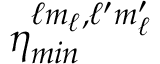
\eta _ { m i n } ^ { \ell m _ { \ell } , \ell ^ { \prime } m _ { \ell } ^ { \prime } }